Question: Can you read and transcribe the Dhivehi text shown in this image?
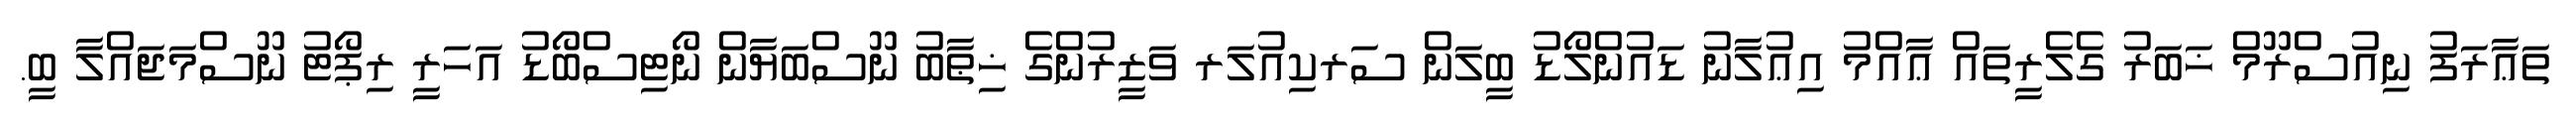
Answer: ތަޢާރަފު ނިއުސްރޫމް ޚަބަރު ގެލެރީތައް ޢާއްމު އިޢުލާނު ޑައުންލޯޑު ބީލަން ސަރކިއުލަރ ވަޒީރުންގެ ޚިޠާބު ނޫސްބަޔާން ނޯޓިސްބޯޑު އަހަރީ ރިޕޯޓު ނޫސްމަޖައްލާ ބީ.